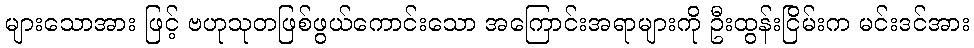
များသောအား ဖြင့် ဗဟုသုတဖြစ်ဖွယ်ကောင်းသော အကြောင်းအရာများကို ဦးထွန်းငြိမ်းက မင်းဒင်အား